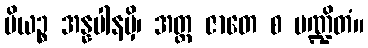
ပိယဉ္စ အန္နပါနမှိ၊ အတ္ထ ဇာတေ စ ပဏ္ဍိတံ။